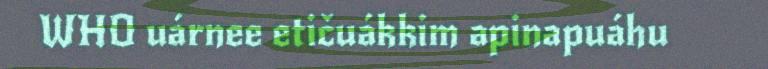
WHO uárnee etičuákkim apinapuáhu